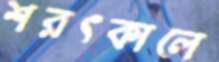
শরৎকালে